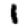
Digit: 1